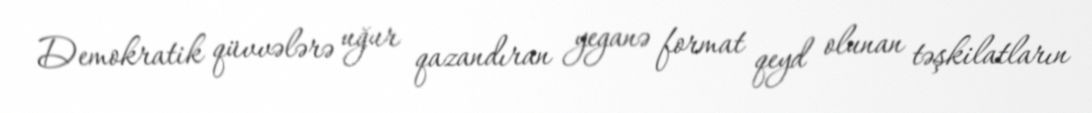
Demokratik qüvvələrə uğur qazandıran yeganə format qeyd olunan təşkilatların